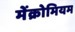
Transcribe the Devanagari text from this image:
मेंक्रोमियम